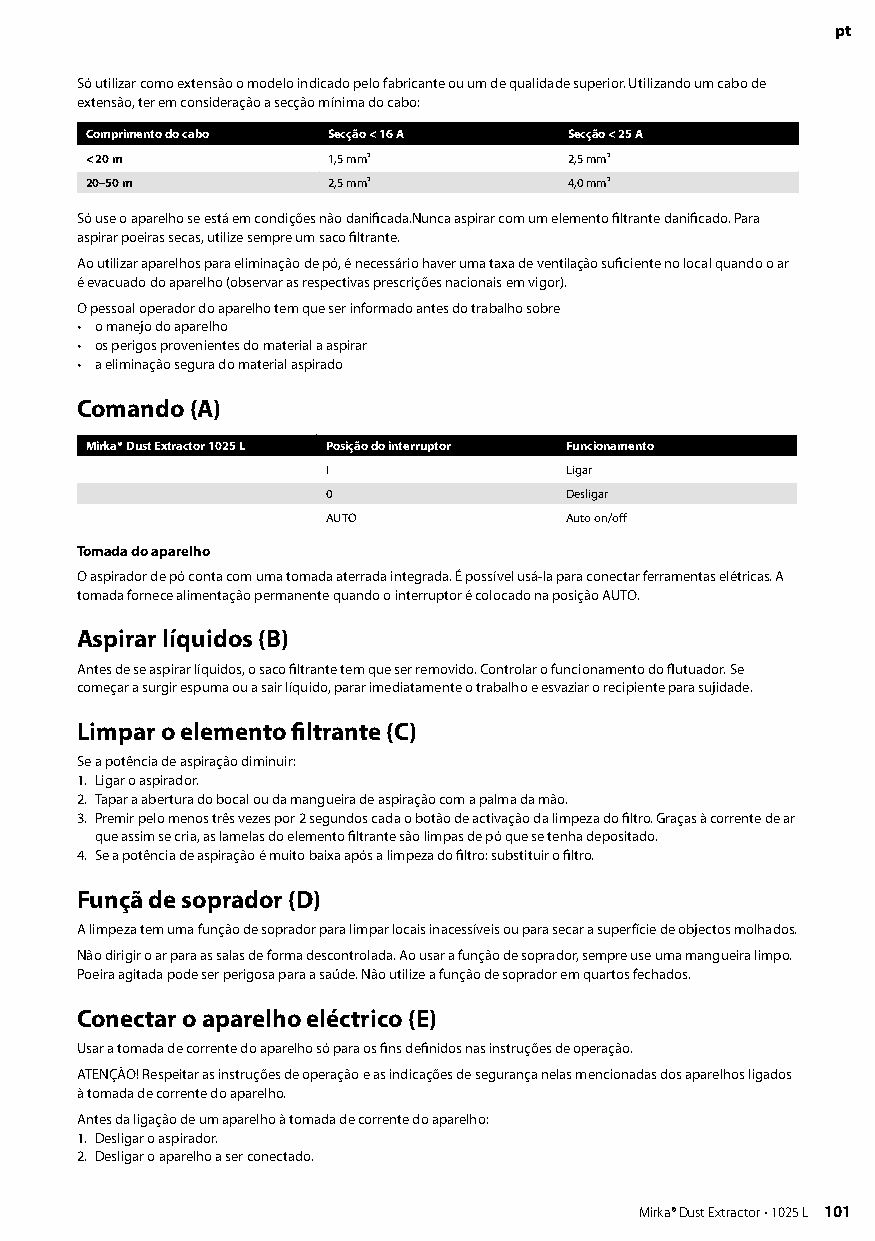
pt
 Só utilizar como extensão o modelo indicado pelo fabricante ou um de qualidade superior Utilizando um cabo de
 extensão, ter em consideração a secção mínima do cabo:
 Comprimento do cabo Secção < 16 A Secção < 25 A
 < 20 m          1,5 mm²         2,5 mm²
 20–50 m         2,5 mm²         4,0 mm²
 Só use o aparelho se está em condições não danificada Nunca aspirar com um elemento filtrante danificado Para
 aspirar poeiras secas, utilize sempre um saco filtrante
 Ao utilizar aparelhos para eliminação de pó, é necessário haver uma taxa de ventilação suficiente no local quando o ar
 é evacuado do aparelho (observar as respectivas prescrições nacionais em vigor)
 O pessoal operador do aparelho tem que ser informado antes do trabalho sobre
 • o manejo do aparelho
 • os perigos provenientes do material a aspirar
 • a eliminação segura do material aspirado
 Comando (A)
 Mirka® Dust Extractor 1025 L Posição do interruptor Funcionamento
 I              Ligar
 0              Desligar
 AUTO           Auto on/off
 Tomada do aparelho
 O aspirador de pó conta com uma tomada aterrada integrada É possível usá-la para conectar ferramentas elétricas A
 tomada fornece alimentação permanente quando o interruptor é colocado na posição AUTO
 Aspirar líquidos (B)
 Antes de se aspirar líquidos, o saco filtrante tem que ser removido Controlar o funcionamento do flutuador Se
 começar a surgir espuma ou a sair líquido, parar imediatamente o trabalho e esvaziar o recipiente para sujidade
 Limpar o elemento filtrante (C)
 Se a potência de aspiração diminuir:
 1 Ligar o aspirador
 2 Tapar a abertura do bocal ou da mangueira de aspiração com a palma da mão
 3 Premir pelo menos três vezes por 2 segundos cada o botão de activação da limpeza do filtro Graças à corrente de ar
 que assim se cria, as lamelas do elemento filtrante são limpas de pó que se tenha depositado
 4 Se a potência de aspiração é muito baixa após a limpeza do filtro: substituir o filtro
 Funçã de soprador (D)
 A limpeza tem uma função de soprador para limpar locais inacessíveis ou para secar a superfície de objectos molhados
 Não dirigir o ar para as salas de forma descontrolada Ao usar a função de soprador, sempre use uma mangueira limpo
 Poeira agitada pode ser perigosa para a saúde Não utilize a função de soprador em quartos fechados
 Conectar o aparelho eléctrico (E)
 Usar a tomada de corrente do aparelho só para os fins definidos nas instruções de operação
 ATENÇÃO! Respeitar as instruções de operação e as indicações de segurança nelas mencionadas dos aparelhos ligados
 à tomada de corrente do aparelho
 Antes da ligação de um aparelho à tomada de corrente do aparelho:
 1 Desligar o aspirador
 2 Desligar o aparelho a ser conectado
 100 Mirka® Dust Extractor • 1025 L        Mirka® Dust Extractor • 1025 L 101